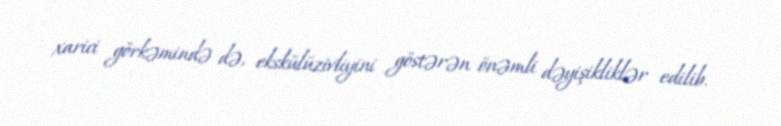
xarici görkəmində də, ekskülüzivliyini göstərən önəmli dəyişikliklər edilib.